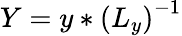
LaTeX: Y=y*\left(L_{y}\right)^{-1}